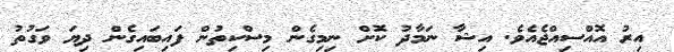
އިރު އޮއްސިއްޖެއެވެ. އިޝާ ނަމާދު ކޮށް ނިމިގެން މިސްކިތުން ފައިބައިގެން ދިޔަ ވަގުތު